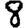
Digit: 8